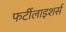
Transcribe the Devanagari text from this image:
फर्टीलाइशर्स